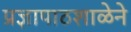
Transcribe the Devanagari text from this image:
प्रज्ञापाठशाळेने